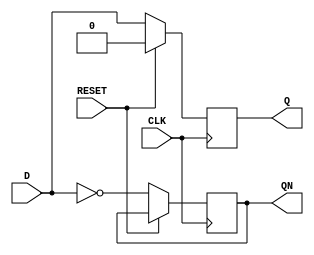
module d_flipflop(
input D,
input RESET,
input CLK,
output reg Q,
output reg QN
);


always @(posedge CLK)
	if(RESET)
		Q = 0;
	else begin
		Q = D;
		QN = ~D;
	end

endmodule